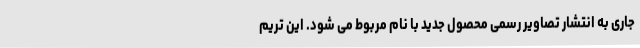
جاری به انتشار تصاویر رسمی محصول جدید با نام مربوط می شود. این تریم